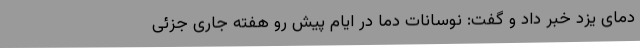
دمای یزد خبر داد و گفت: نوسانات دما در ایام پیش رو هفته جاری جزئی